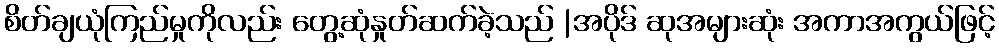
စိတ်ချယုံကြည်မှုကိုလည်း တွေ့ဆုံနှုတ်ဆက်ခဲ့သည် |အပိုဒ် ဆုအများဆုံး အကာအကွယ်ဖြင့်